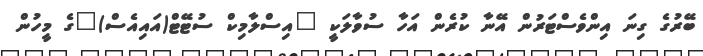
ބޭރުގެ ގިނަ އިންވެސްޓަރުން އޭނާ ކުރެން އަހާ ސުވާލަކީ "އިސްލާމިކް ސުޓޭޓް(އައިއެސް)"ގެ މީހުން